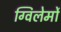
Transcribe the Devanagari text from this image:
ग्विलेर्मो